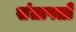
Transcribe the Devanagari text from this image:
संतापतो